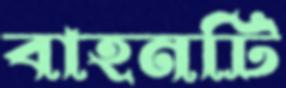
বাহনটি